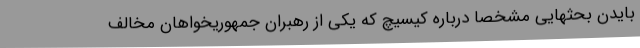
بایدن بحثهایی مشخصا درباره کیسیچ که یکی از رهبران جمهوریخواهان مخالف